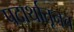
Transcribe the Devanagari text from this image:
पदार्थातूनच